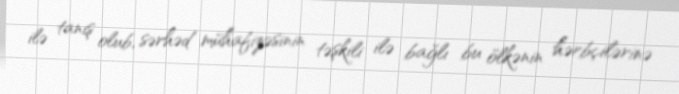
ilə tanış olub, sərhəd mühafizəsinin təşkili ilə bağlı bu ölkənin hərbçilərinə